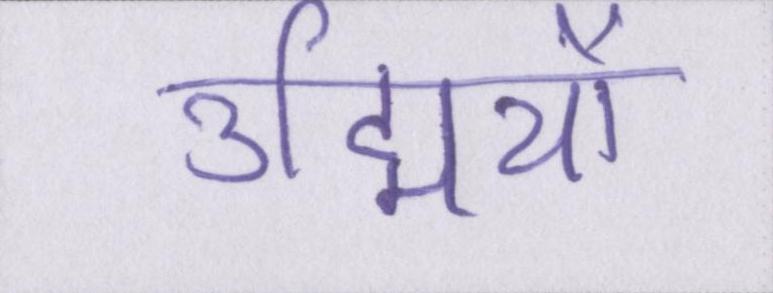
उद्मियों